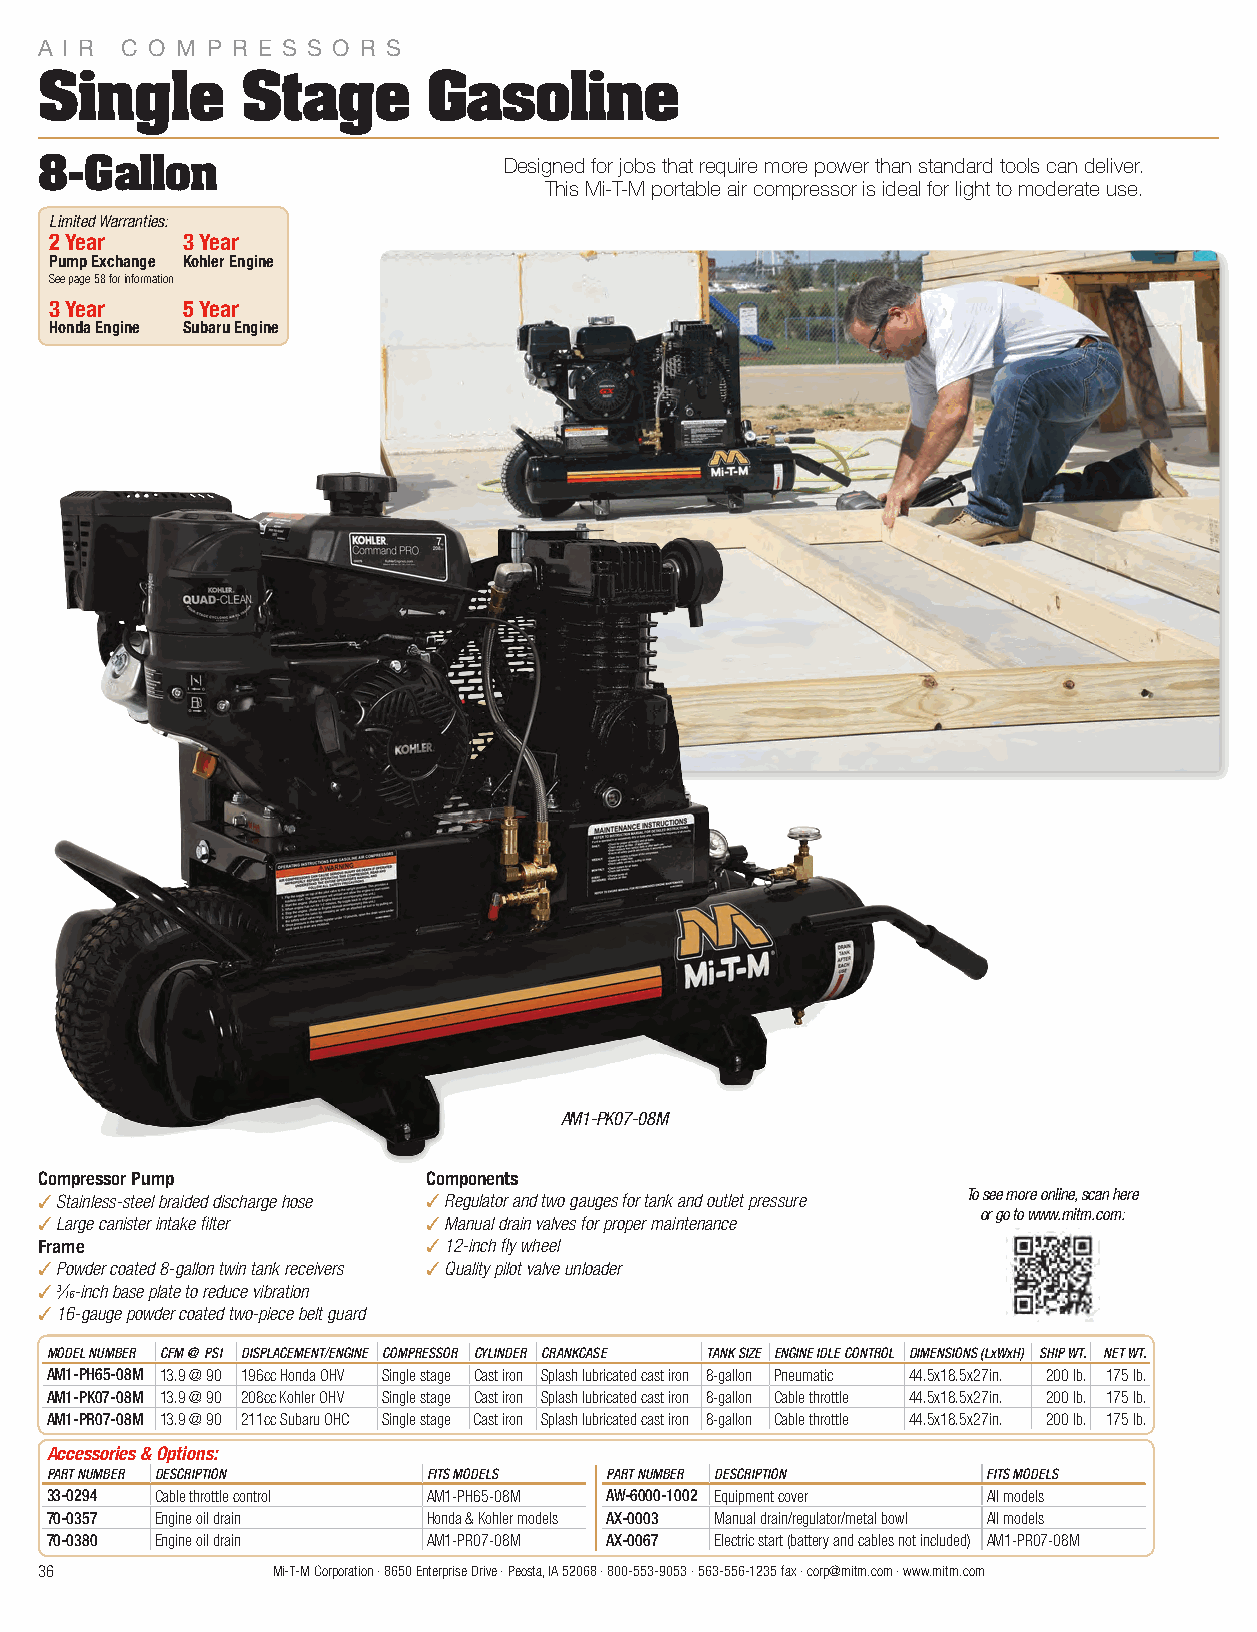
A I R C O M P R E S S O R S
 Single        Stage       Gasoline
 8-Gallon                       Designed for jobs that require more power than standard tools can deliver.
 This Mi-T-M portable air compressor is ideal for light to moderate use.
 Limited Warranties:
 2 Year   3 Year
 Pump Exchange Kohler Engine
 See page 58 for information
 3 Year   5 Year
 Honda Engine Subaru Engine
 AM1-PK07-08M
 Compressor Pump           Components
 3 Stainless-steel braided discharge hose 3 Regulator and two gauges for tank and outlet pressure To see more online, scan here
 or go to www.mitm.com:
 3 Large canister intake filter 3 Manual drain valves for proper maintenance
 Frame                     3 12-inch fly wheel
 3 Powder coated 8-gallon twin tank receivers 3 Quality pilot valve unloader
 3 3⁄ 16-inch base plate to reduce vibration
 3 16-gauge powder coated two-piece belt guard
 MODEL NUMBER CFM @ PSI DISPLACEMENT/ENGINE COMPRESSOR CYLINDER CRANKCASE TANK SIZE ENGINE IDLE CONTROL DIMENSIONS (LxWxH) SHIP WT. NET WT.
 AM1-PH65-08M 13.9 @ 90 196cc Honda OHV Single stage Cast iron Splash lubricated cast iron 8-gallon Pneumatic 44.5x18.5x27in. 200 lb. 175 lb.
 AM1-PK07-08M 13.9 @ 90 208cc Kohler OHV Single stage Cast iron Splash lubricated cast iron 8-gallon Cable throttle 44.5x18.5x27in. 200 lb. 175 lb.
 AM1-PR07-08M 13.9 @ 90 211cc Subaru OHC Single stage Cast iron Splash lubricated cast iron 8-gallon Cable throttle 44.5x18.5x27in. 200 lb. 175 lb.
 Accessories & Options:
 PART NUMBER DESCRIPTION  FITS MODELS PART NUMBER DESCRIPTION  FITS MODELS
 33-0294 Cable throttle control AM1-PH65-08M AW-6000-1002 Equipment cover All models
 70-0357 Engine oil drain Honda & Kohler models AX-0003 Manual drain/regulator/metal bowl All models
 70-0380 Engine oil drain AM1-PR07-08M AX-0067 Electric start (battery and cables not included) AM1-PR07-08M
 36              Mi-T-M Corporation · 8650 Enterprise Drive · Peosta, IA 52068 · 800-553-9053 · 563-556-1235 fax · corp@mitm.com · www.mitm.com